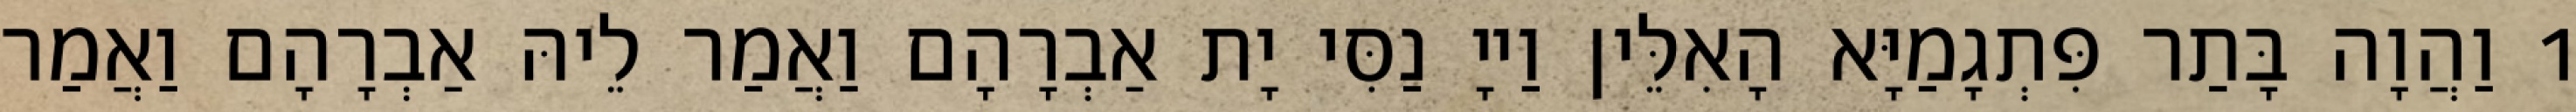
1 וַהֲוָה בָּתַר פִּתְגָמַיָּא הָאִלֵּין וַייָ נַסִּי יָת אַבְרָהָם וַאֲמַר לֵיהּ אַבְרָהָם וַאֲמַר